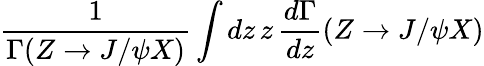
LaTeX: \frac{1}{\Gamma(Z\to J/\psi X)}\int dz\, z\, \frac{d\Gamma}{dz}(Z\to J/\psi X)